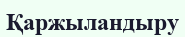
Қаржыландыру